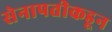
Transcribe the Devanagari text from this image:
सेनापतीकडून